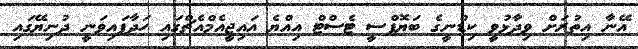
އޭނާ އިތުރަށް ވިދާޅުވީ ކިޑްނީގެ ބަޔޮޕްސީ ޓެސްޓް އިއްޔެ އައިޖީއެމްއެޗްގައި ހަދާފައިވަނީ ދުނިޔޭގައި